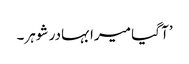
’آ گیا میرا بہادر شوہر۔